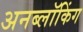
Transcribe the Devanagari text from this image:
अनब्लॉकिंग